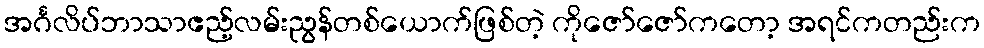
အင်္ဂလိပ်ဘာသာဧည့်လမ်းညွန်တစ်ယောက်ဖြစ်တဲ့ ကိုဇော်ဇော်ကတော့ အရင်ကတည်းက